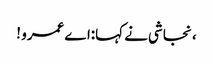
، نجاشی نے کہا:اے عمرو !